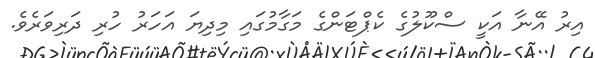
އިރު އޭނާ އަކީ ސްކޫލުގެ ކެޕްޓަންގެ މަގާމުގައި މިދިޔަ އަހަރު ހުރި ދަރިވަރެވެ.